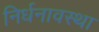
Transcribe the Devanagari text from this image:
निर्धनावस्था